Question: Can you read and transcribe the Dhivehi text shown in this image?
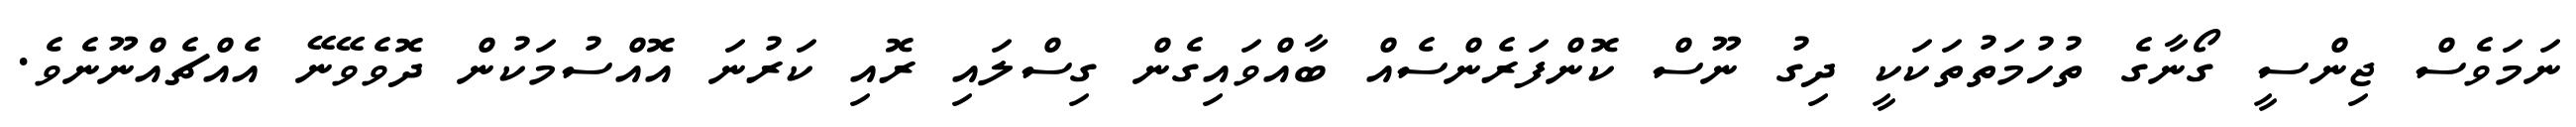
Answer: ނަމަވެސް ޖިންސީ ގޯނާގެ ތުހުމަތުތަކަކީ ދިގު ނޫސް ކޮންފަރެންސެއް ބާއްވައިގެން ގިސްލައި ރޮއި ކަރުނަ އޮއްސުމަކުން ދޮވެވޭނޭ އެއްޗެއްނޫނެވެ.